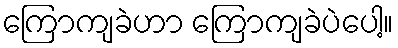
ကြောကျခဲဟာ ကြောကျခဲပဲပေါ့။